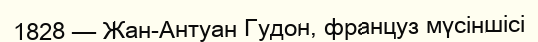
1828 — Жан-Антуан Гудон, француз мүсіншісі